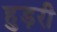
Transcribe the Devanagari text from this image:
हुड़री